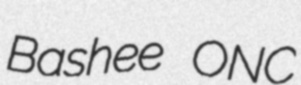
Bashee ONC